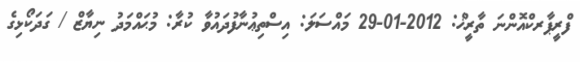
ފްރީޕާރކްއޮންނަ ތާރީޚް: 2012-01-29 މައްސަލަ: އިސްތިޢުނާފުދައުވާ ކުރާ: މުޙައްމަދު ނިޔާޒް / ގަދަކޯޅިގެ